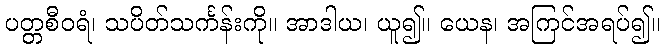
ပတ္တစီဝရံ၊ သပိတ်သင်္ကန်းကို။ အာဒါယ၊ ယူ၍။ ယေန၊ အကြင်အရပ်၍။